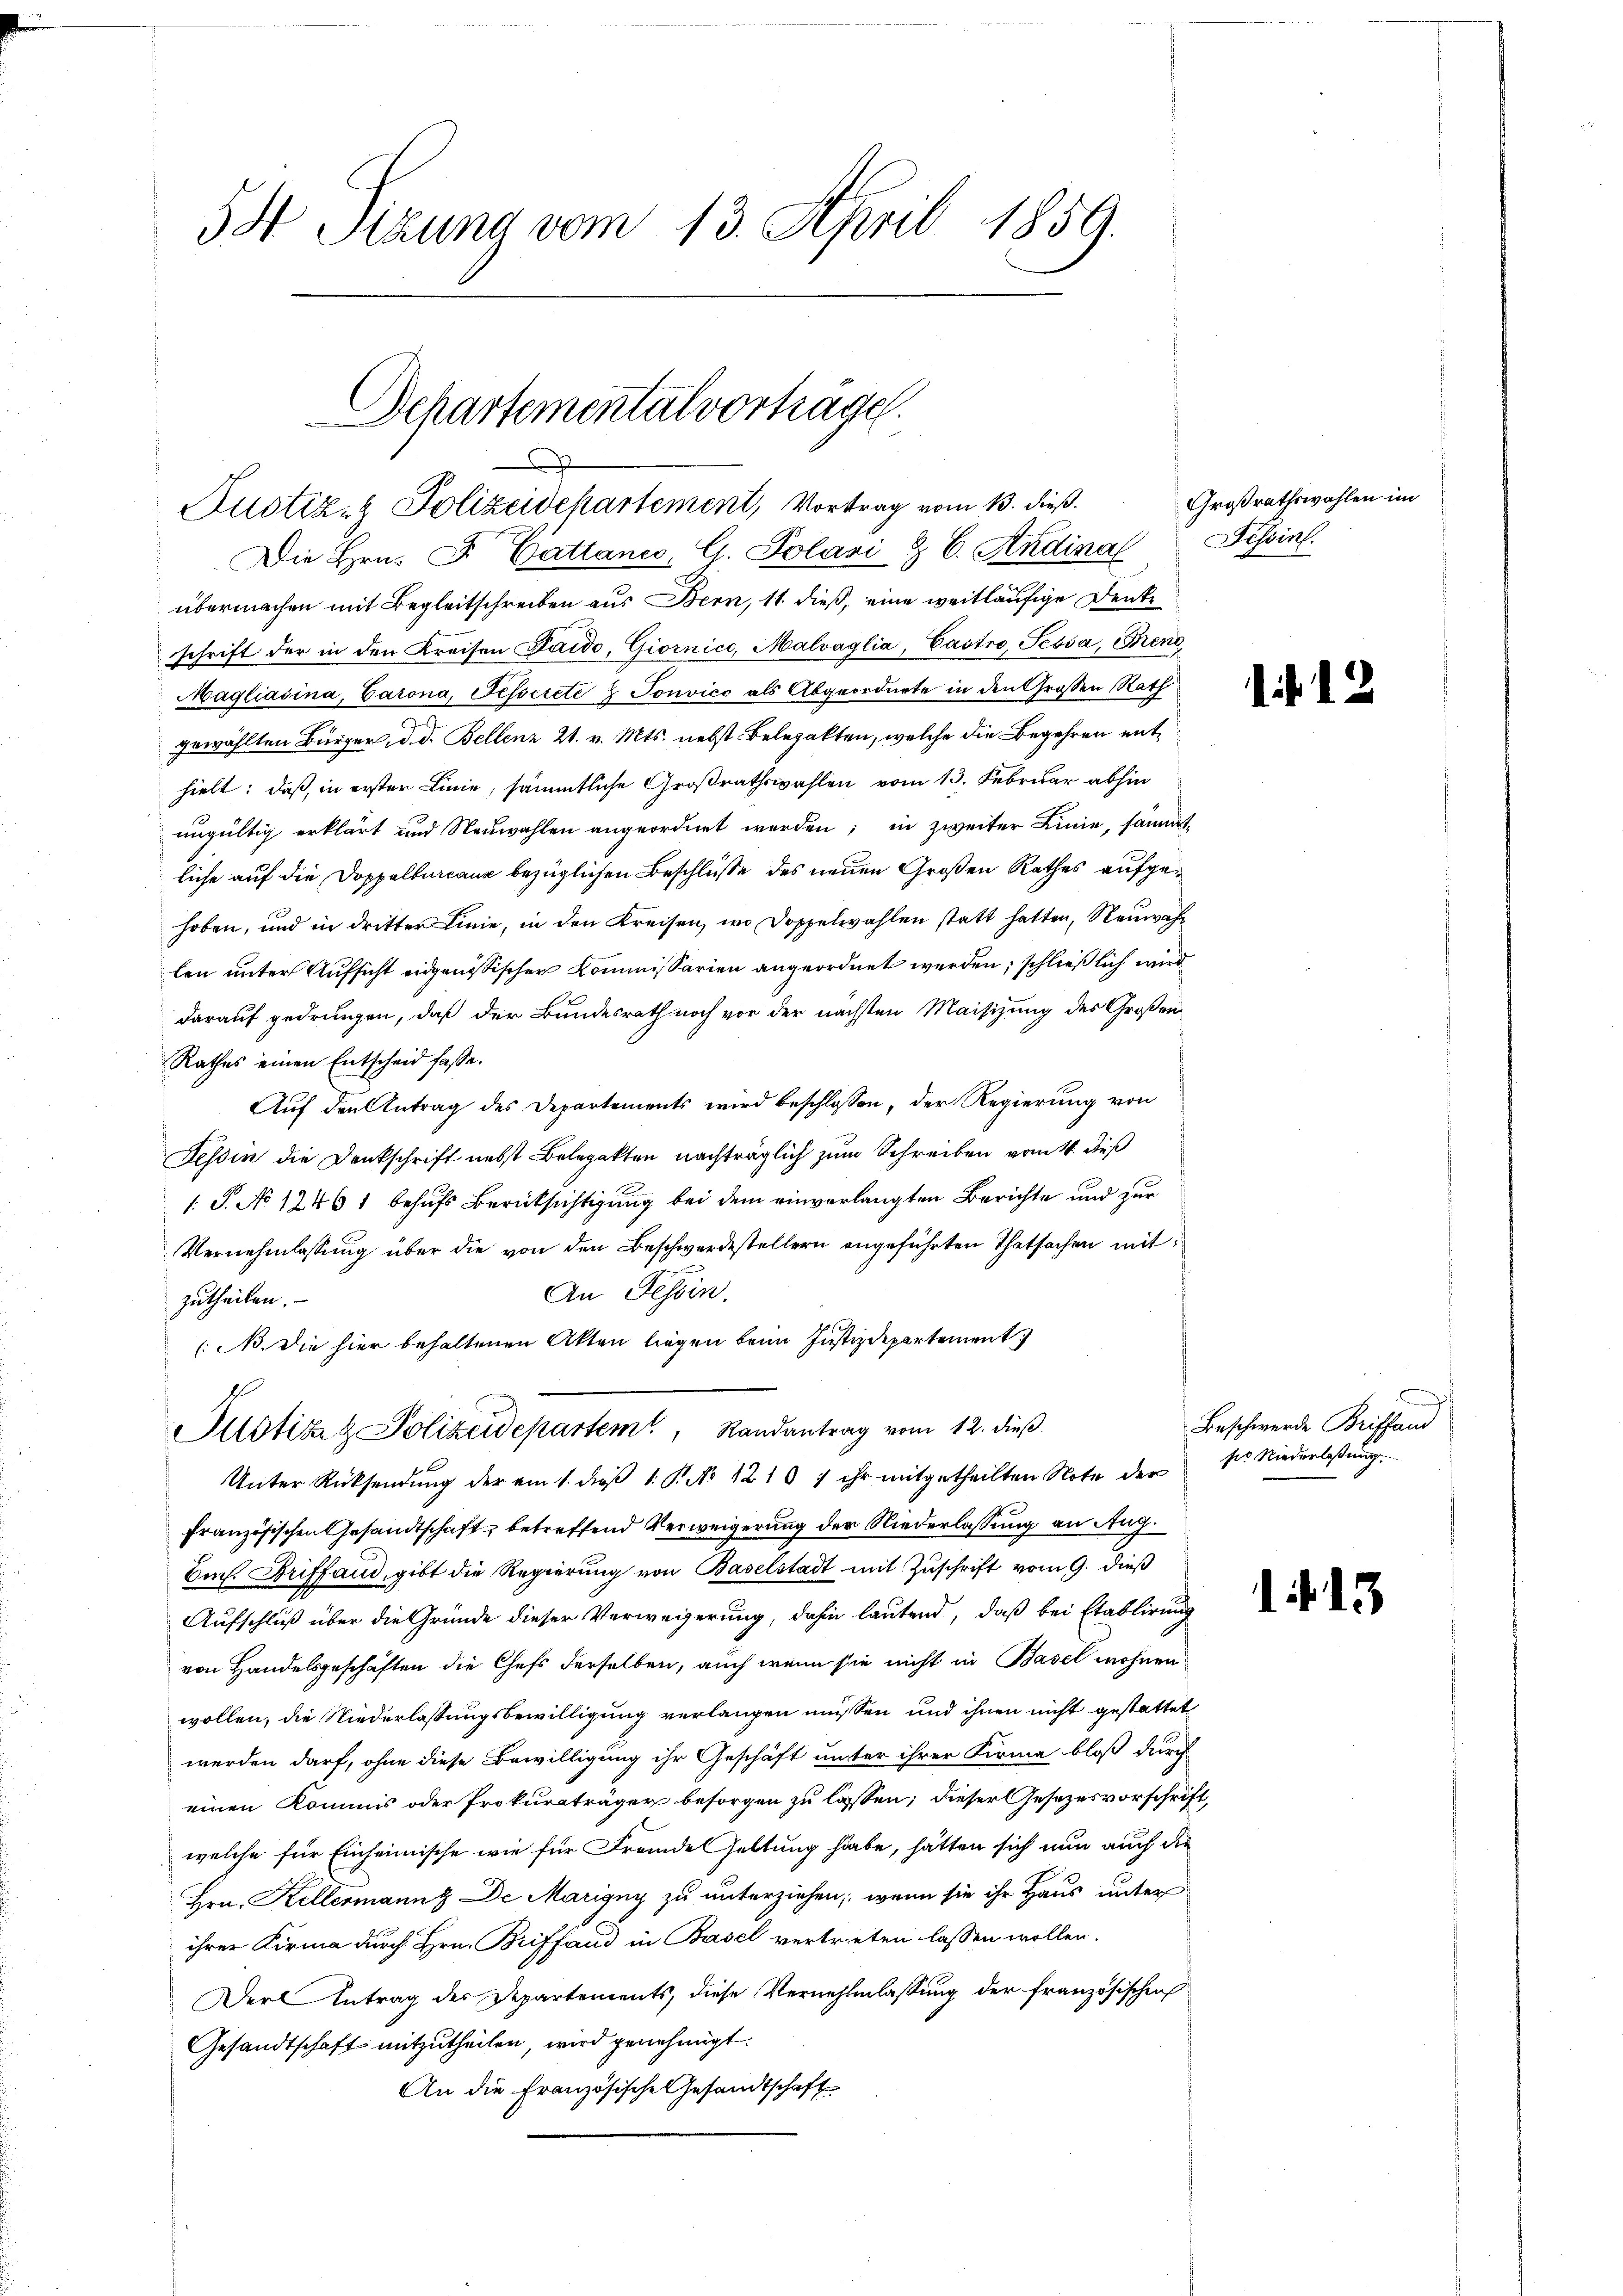
5X Sizung vom 13. April 1859.

Die Hrn. F. Cattancs, G. Polari & 6. Andinal
übermachen mit Begleitschreiben aus Bern, 11. dieß, eine weitläufige Denke
schrift der in den Kreisen Paido, Giornico, Malvaglia, Castro, Jessa, Brene
Magliasina, Barona, Fesserete Tonvico als Abgeordnete in den Großen Rath
gewählten Bürger, d. d. Bellenz 21. v. Mts. nebst Belegatten, welche die Begehren enthielt: daß, in erster Linie, sämmtliche Großrathswahlen vom 13. Februar abhin
ungültig erklärt und Neuwahlen angeordnet worden; in zweiter Linie, sämmt-
liche auf die Doppelbureaux bezüglichen Beschlüsse des neuen Großen Rathes aufgehoben, und in dritter Linie, in den Kreisen, wo Doppelwahlen statt hatten, Neuwahr
len unter Aufsicht eidgenössischer Kommissarien angeordnet werden, schließlich wird
darauf gedrungen, daß der Bundesrath noch vor der nächsten Maisizung des Großen
Rathes einen Entscheid fasse.
Auf den Antrag des Departements wird beschlossen, der Regierung von
Tessin die Denkschrift nebst Belegatten nachträglich zum Schreiben vom 4. dieß
1 S. No 12461 behufs Berücksichtigung bei dem einverlangten Berichte und zur
Vernehmlassung über die von den Beschwerdestellern angeführten Thatsachen mit
An Tessin.
zutheilen.
(NB. Die hier behaltenen Akten liegen beim Justizdepartement
Pustiz & Polizeidepartem Randantrag vom 12. dieß.
Unter Rücksendung der am 1. dieß 1. P. No 1210) ihr mitgetheilten Note der
französischen Gesandtschaft, betreffend Verweigerung der Niederlassung an Aug.
Aich. Briffand, gibt die Regierung von Baselstadt mit Zuschrift vom 9. dieß
Aufschluß über die Gründe dieser Verweigerung, dahin lautend, daß bei Etablirung
von Handelsgeschäften die Chefs derselben, auch wenn sie nicht in Basel wohnen
wollen, die Niederlassungsbewilligung verlangen müssen und ihnen nicht gestattet
werden darf, ohne diese Bewilligung ihr Geschäft unter ihrer Firma bloß durch
einen Kommis oder Prokuraträger besorgen zu lassen; dieser Gesezesvorschrift,
welche für Einheimische wie für Fremde haltung habe, hätten sich nun auch die
Hrn. Kellermann, De Marigny zu unterziehen, wenn sie ihr Haus unter
ihrer Kirma durch Hrn. Briffand in Basel vertreten lassen wollen.
Derl Antrag des Departements, diese Vernehmlassung der französischen
Gesandtschaft mitzutheilen, wird genehmigt.
An die Französische Gesandtschaft

Schartemental vortragen.
Justiz- & Polizeidepartement, Vortrag vom 13. dieß.

Großrathswahlen im
Tessin.

1 f 12

e
Beschwerde Briffend
ses Niederlaßung.

.. 13